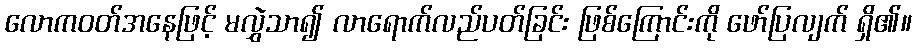
လောကဝတ်အနေဖြင့် မလွှဲသာ၍ လာရောက်လည်ပတ်ခြင်း ဖြစ်ကြောင်းကို ဖော်ပြလျက် ရှိ၏။